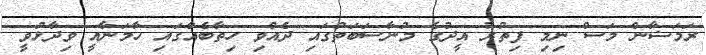
ރަމަޟާން މަސް ނިމި ފިތުރު އީދުގެ މުނާސަބަތުގައި ދެއްވި ހިތާބެއްގައި ހާމަނާއީ ވިދާޅުވީ